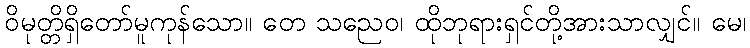
ဝိမုတ္တိရှိတော်မူကုန်သော။ တေ သညေဝ၊ ထိုဘုရားရှင်တို့အားသာလျှင်။ မေ၊